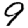
Digit: 9